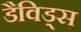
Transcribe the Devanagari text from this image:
डैविड्स